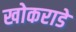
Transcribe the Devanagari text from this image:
खोकराडे